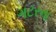
ગટરના